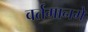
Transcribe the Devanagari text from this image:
वर्तमानमें